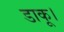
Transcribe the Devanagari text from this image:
डाकू।